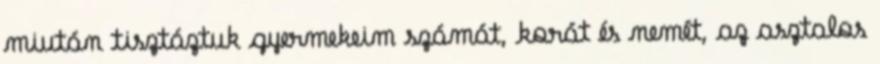
miután tisztáztuk gyermekeim számát, korát és nemét, az asztalos